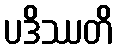
ပဒိဿတိ